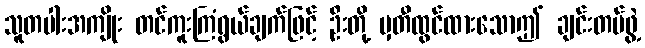
သူတပါးအကျိုး တင်ကူးကြံရွယ်ချက်ဖြင့် ဦးတို့ မှတီထွင်ထားသောဤ ချင်းတပ်ဖွဲ့